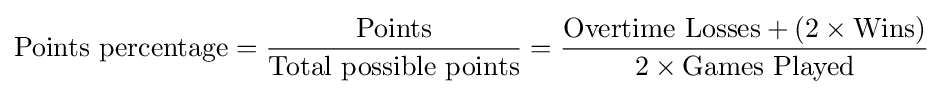
\mathrm {Points} \ \mathrm {percentage} ={\frac {\mathrm {Points} }{\mathrm {Total\ possible\ points} }}={\frac {\mathrm {Overtime\ Losses+(2\times Wins)} }{\mathrm {2\times Games\ Played} }}